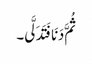
ثُمَّ دَنَا فَتَدَلَّی۔